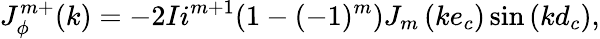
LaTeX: J_{\phi}^{m+}(k)=-2Ii^{m+1}(1-(-1)^{m})J_{m}\left(ke_{c}\right)\sin\left(kd_{c}\right),